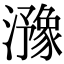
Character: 𤂻